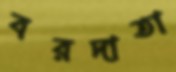
বরদাতা